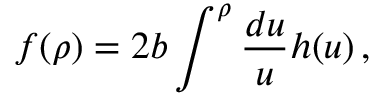
f ( \rho ) = 2 b \int ^ { \rho } \frac { d u } { u } h ( u ) \, ,